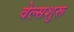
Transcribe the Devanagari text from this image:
वेल्सशुरू